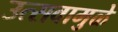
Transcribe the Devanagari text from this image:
उत्सवामुळे